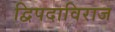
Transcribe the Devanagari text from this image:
द्विपदाविराज